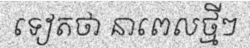
ទៀតថា នាពេលថ្មីៗ